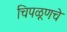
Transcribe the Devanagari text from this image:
चिपळूणचे